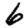
Digit: 6